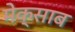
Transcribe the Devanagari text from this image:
मेक्साब